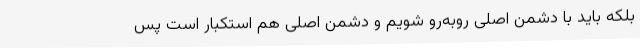
بلکه باید با دشمن اصلی روبه‌رو شویم و دشمن اصلی هم استکبار است پس